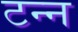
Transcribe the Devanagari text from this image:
टन्न